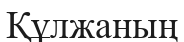
Құлжаның